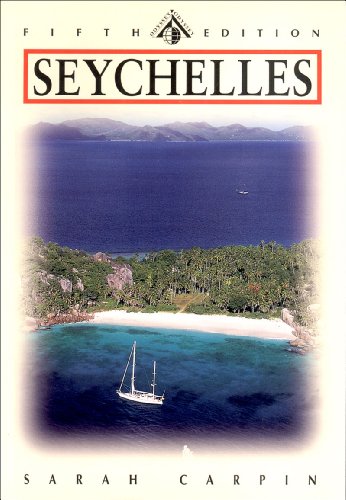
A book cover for Seychelles, Fifth Edition (Odyssey Guides); Sarah Carpin; Travel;